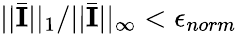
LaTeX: ||\bar{\mathbf{I}}||_{1}/||\bar{\mathbf{I}}||_{\infty}<\epsilon_{norm}